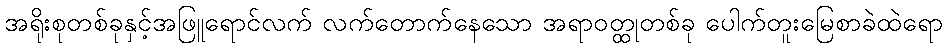
အရိုးစုတစ်ခုနှင့်အဖြူရောင်လက် လက်တောက်နေသော အရာဝတ္ထုတစ်ခု ပေါက်တူးမြေစာခဲထဲရော